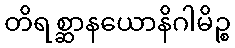
တိရစ္ဆာနယောနိဂါမိဉ္စ